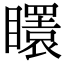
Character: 𥌡